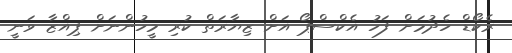
ރެކޯޑް ހެދުމަށް ފަހު އެކްސްޕޯ އަށް ޒިޔާރަތް ކުރި މީހުންނަށް ޕިއްޒާ ވަނީ